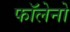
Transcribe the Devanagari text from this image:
फॉलेनो